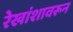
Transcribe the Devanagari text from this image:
रेखांशावरून